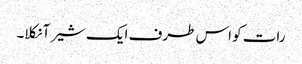
رات کو اس طرف ایک شیر آ نکلا۔